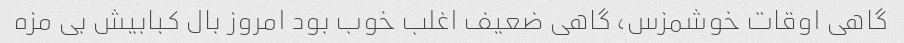
گاهی اوقات خوشمزس، گاهی ضعیف اغلب خوب بود امروز بال کبابیش بی مزه